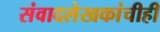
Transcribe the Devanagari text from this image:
संवादलेखकांचीही